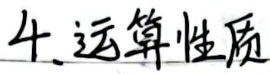
4. 运算性质